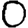
Digit: 0